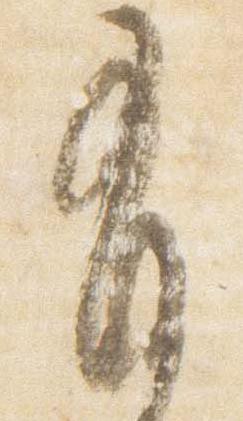
有